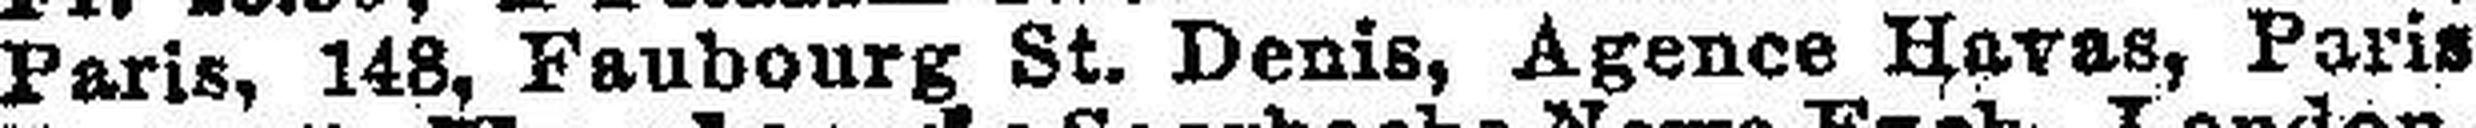
Paris, 148, Faubourg St. Denis, Agence Havas, Paris